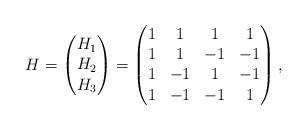
LaTeX: \begin{align*}H=\begin{pmatrix}H_{1}\\H_{2}\\H_{3}\end{pmatrix}=\begin{pmatrix}1 & 1 & 1 & 1 \\1 & 1 & -1 & -1 \\1 & -1 & 1 & -1 \\1 & -1 & -1 & 1 \end{pmatrix},\end{align*}